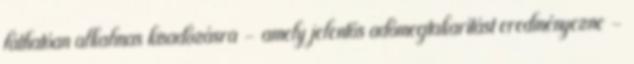
láthatóan alkalmas kisadózásra - amely jelentős adómegtakarítást eredményezne -